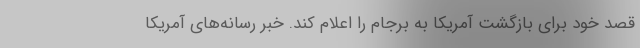
قصد خود برای بازگشت آمریکا به برجام را اعلام کند. خبر رسانه‌های آمریکا